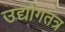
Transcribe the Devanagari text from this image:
उद्योगतंत्र